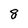
Character: 8